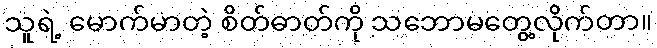
သူရဲ့ မောက်မာတဲ့ စိတ်ဓာတ်ကို သဘောမတွေ့လိုက်တာ။